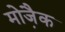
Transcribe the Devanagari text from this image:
मोजै़क